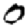
Digit: 0